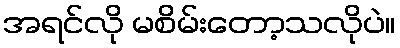
အရင်လို မစိမ်းတော့သလိုပဲ။